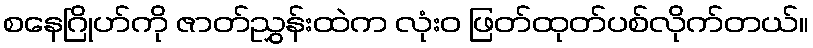
စနေဂြိုဟ်ကို ဇာတ်ညွှန်းထဲက လုံးဝ ဖြတ်ထုတ်ပစ်လိုက်တယ်။